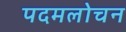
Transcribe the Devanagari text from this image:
पदमलोचन